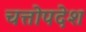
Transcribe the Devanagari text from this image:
चत्तोपदेश